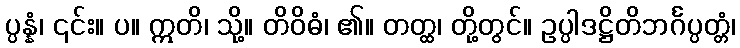
ပ္ပန္နံ၊ ၎င်း။ ပ။ ဣတိ၊ သို့။ တိဝိဓံ၊ ၏။ တတ္ထ၊ တို့တွင်။ ဥပ္ပါဒဋ္ဌိတိဘင်္ဂပ္ပတ္တံ၊